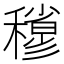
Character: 𥣀